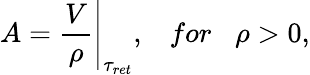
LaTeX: A=\frac{V}{\rho}{\Bigg|}_{{\tau}_{ret}},\; \; \; for\; \; \; \rho>0,